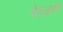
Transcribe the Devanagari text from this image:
श्रीफळासहित